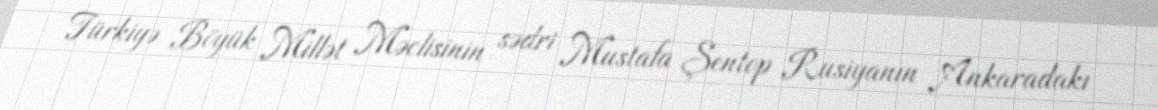
Türkiyə Böyük Millət Məclisinin sədri Mustafa Şentop Rusiyanın Ankaradakı